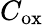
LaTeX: C_{\mathrm{ox}}